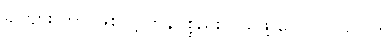
ခင်ဗျား ဘာ ဖြစ်လို့ ကုန်ပစ္စည်း ဝယ်ဖို့ ငွေ လိုပါသလဲ။